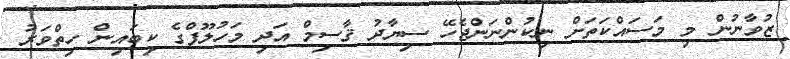
ޒުވާނުން މި މަސައްކަތަށް ނިކުންނަންޖެހޭ ސިޔާދު ޤާސިމް އަދި މަހުލޫފްގެ ކިބައިން ހިތްވަރު